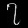
Digit: ၇